Vaccination in Bombay 1889-1901 - 1889-1901
Year: 1889
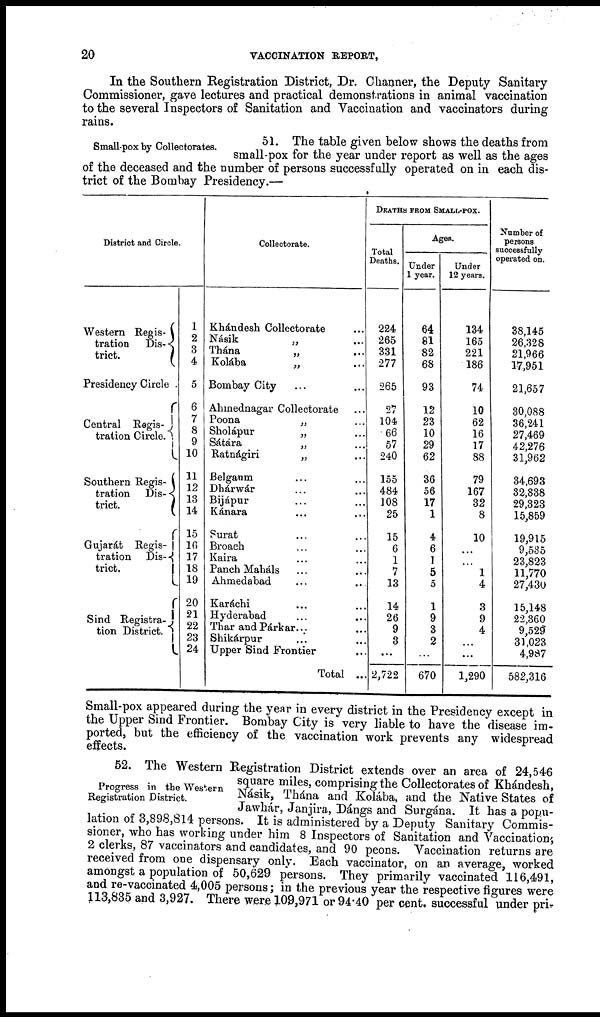
20
VACCINATION REPORT,
In the Southern Registration District, Dr. Channer, the Deputy Sanitary
Commissioner, gave lectures and practical demonstrations in animal vaccination
to the several Inspectors of Sanitation and Vaccination and vaccinators during
rains.
Small-pox by Collectorates.
51. The table given below shows the deaths from
small-pox for the year under report as well as the ages
of the deceased and the number of persons successfully operated on in each dis-
trict of the Bombay Presidency.—
District and Circle.
Western Regis¬
tration
Dis¬
trict.
Presidency Circle .
Central Regis¬
tration Circle.
Southern Regis¬
tration Dis¬
trict.
Gujarát Regis¬
tration Dis¬
trict.
Sind Registra¬
tion District.
1
2
3
4
5
6
7
8
9
10
11
12
13
14
15
16
17
18
19
20
21
22
23
24
Collectorate.
Khándesh Collectorate ...
Násik
„ ...
Thána
„ ...
Kolába „ ...
Bombay City ... ...
Ahmednagar Collectorate ...
Poona
„ ...
Sholápur
„ ...
Sátára
„ ...
Ratnágiri
„ ...
Belgaum ... ...
Dhárwár ... ...
Bijápur ... ...
Kánara ... ...
Surat ... ...
Broach ... ...
Kaira ... ...
Panch Maháls ... ...
Ahmedabad ... ...
Karáchi ... ...
Hyderabad ... ...
Thar and Párkar... ...
Shikárpur ... ...
Upper Sind Frontier ...
Total ...
DEATHS FROM SMALL-POX.
Total
Deaths.
224
265
331
277
265
27
104
66
57
240
155
484
108
25
15
6
1
7
13
14
26
9
3
...
2,722
Ages.
Under
1 year.
64
81
82
68
93
12
23
10
29
62
36
56
17
1
4
6
1
5
5
1
9
3
2
...
670
Under
12 years.
134
165
221
186
74
10
62
16
17
88
79
167
32
8
10
...
...
1
4
3
9
4
...
...
1,290
Number of
persons
successfully
operated on.
38,145
26,328
21,966
17,951
21,657
30,088
36,241
27,469
42,276
31,962
34,693
32,838
29,323
15,859
19,915
9,535
23,823
11,770
27,430
15,148
22,360
9,529
31,023
4,987
582,316
Small-pox appeared during the year in every district in the Presidency except in
the Upper Sind Frontier. Bombay City is very liable to have the disease im-
ported, but the efficiency of the vaccination work prevents any widespread
effects.
Progress in the Western
Registration District.
52. The Western Registration District extends over an area of 24,546
square miles, comprising the Collectorates of Khándesh,
Násik, Thána and Kolába, and the Native States of
Jawhár, Janjira, Dángs and Surgána. It has a popu-
lation of 3,898,814 persons. It is administered by a Deputy Sanitary Commis-
sioner, who has working under him 8 Inspectors of Sanitation and Vaccination,
2 clerks, 87 vaccinators and candidates, and 90 peons. Vaccination returns are
received from one dispensary only. Each vaccinator, on an average, worked
amongst a population of 50,629 persons. They primarily vaccinated 116,491,
and re-vaccinated 4,005 persons; in the previous year the respective figures were
113,835 and 3,927. There were 109,971 or 94.40 per cent. successful under pri¬